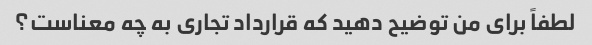
لطفاً برای من توضیح دهید که قرارداد تجاری به چه معناست؟